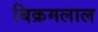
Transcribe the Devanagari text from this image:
बिक्रमलाल